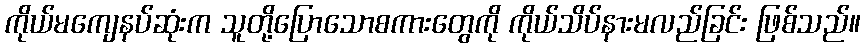
ကိုယ်မကျေနပ်ဆုံးက သူတို့ပြောသောစကားတွေကို ကိုယ်သိပ်နားမလည်ခြင်း ဖြစ်သည်။